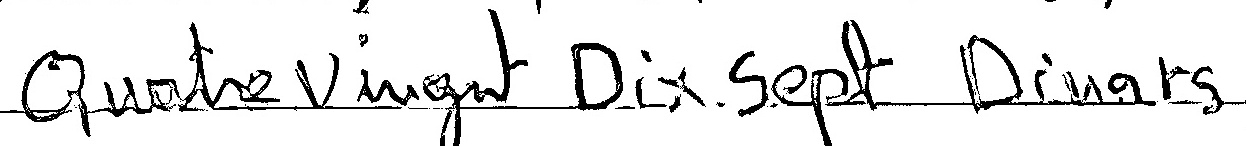
Quatre Vingt Dix Sept Dinars